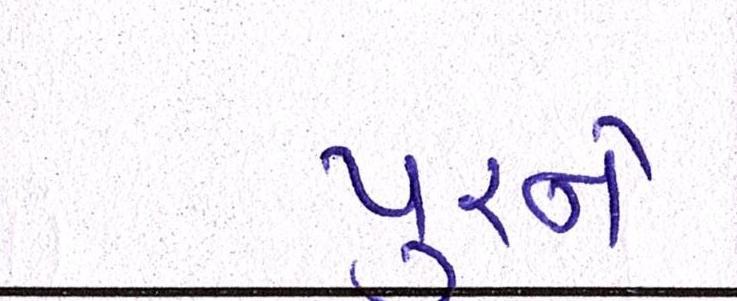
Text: પૂરને